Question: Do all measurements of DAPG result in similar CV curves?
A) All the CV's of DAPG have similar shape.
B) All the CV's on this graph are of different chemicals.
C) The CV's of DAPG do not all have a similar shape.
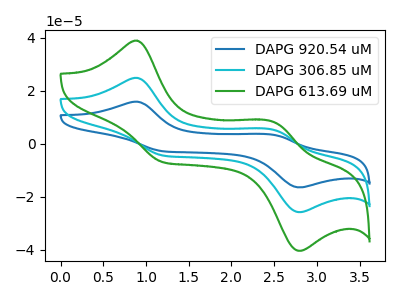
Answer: <think>The blue curve "DAPG 920.54 uM" has anodic peaks at (0.90V, 49.70uA) (2.50V, 10.25uA) and cathodic peaks at (1.20V, -8.85uA) (2.80V, -51.65uA). The cyan curve "DAPG 306.85 uM" has anodic peaks at (0.90V, 24.85uA) (2.50V, 5.10uA) and cathodic peaks at (1.20V, -4.45uA) (2.80V, -25.80uA). The green curve "DAPG 613.69 uM" has anodic peaks at (0.90V, 38.90uA) (2.50V, 8.00uA) and cathodic peaks at (1.20V, -6.95uA) (2.80V, -40.45uA).
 All the peaks in "DAPG 920.54 uM" have a peak in "DAPG 306.85 uM" at the same potential. Every peak in "DAPG 920.54 uM" is higher than every peak in "DAPG 306.85 uM". All the peaks in "DAPG 920.54 uM" have a peak in "DAPG 613.69 uM" at the same potential. Every peak in "DAPG 920.54 uM" is higher than every peak in "DAPG 613.69 uM". All the peaks in "DAPG 306.85 uM" have a peak in "DAPG 613.69 uM" at the same potential. Every peak in "DAPG 306.85 uM" is lower than every peak in "DAPG 613.69 uM".</think>
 <answer>A) All the CV's of "DAPG" have similar shape.</answer>
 <eval>A</eval>